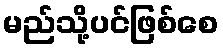
မည်သို့ပင်ဖြစ်စေ